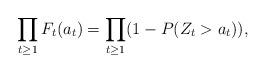
LaTeX: \begin{align*}\prod_{t \ge 1} F_{t}(a_t)= \prod_{t \ge 1}(1-P(Z_t>a_t)), \end{align*}